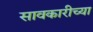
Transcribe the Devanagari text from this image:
सावकारीच्या